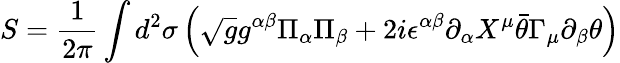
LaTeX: S=\frac{1}{2\pi}\int d^{2}\sigma\left(\sqrt{g}g^{\alpha\beta}\Pi_{\alpha}\Pi_{\beta}+2i\epsilon^{\alpha\beta}\partial_{\alpha}X^{\mu}\bar{\theta}\Gamma_{\mu}\partial_{\beta}\theta\right)